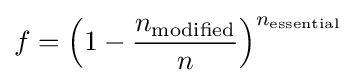
f=\left(1-{\dfrac {n_{\mathrm {modified} }}{n}}\right)^{n_{\mathrm {essential} }}